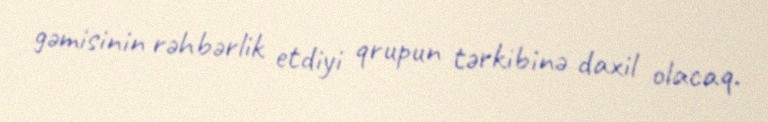
gəmisinin rəhbərlik etdiyi qrupun tərkibinə daxil olacaq.